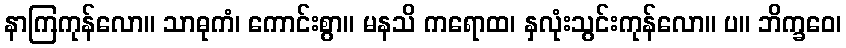
နာကြကုန်လော။ သာဓုကံ၊ ကောင်းစွာ။ မနသိ ကရောထ၊ နှလုံးသွင်းကုန်လော။ ပ။ ဘိက္ခဝေ၊